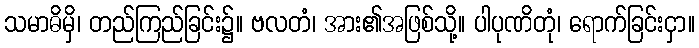
သမာဓိမှိ၊ တည်ကြည်ခြင်း၌။ ဗလတံ၊ အား၏အဖြစ်သို့။ ပါပုဏိတုံ၊ ရောက်ခြင်းငှာ။